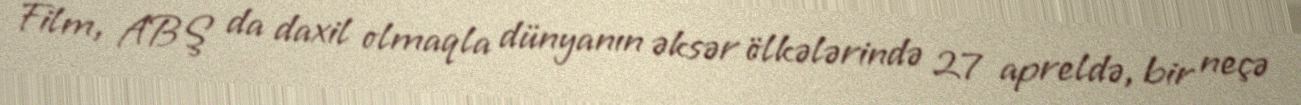
Film, ABŞ da daxil olmaqla dünyanın əksər ölkələrində 27 apreldə, bir neçə